Annual report of the Punjab Veterinary College and of the Civil Veterinary Department, Punjab - 1926-1932
Year: 1926
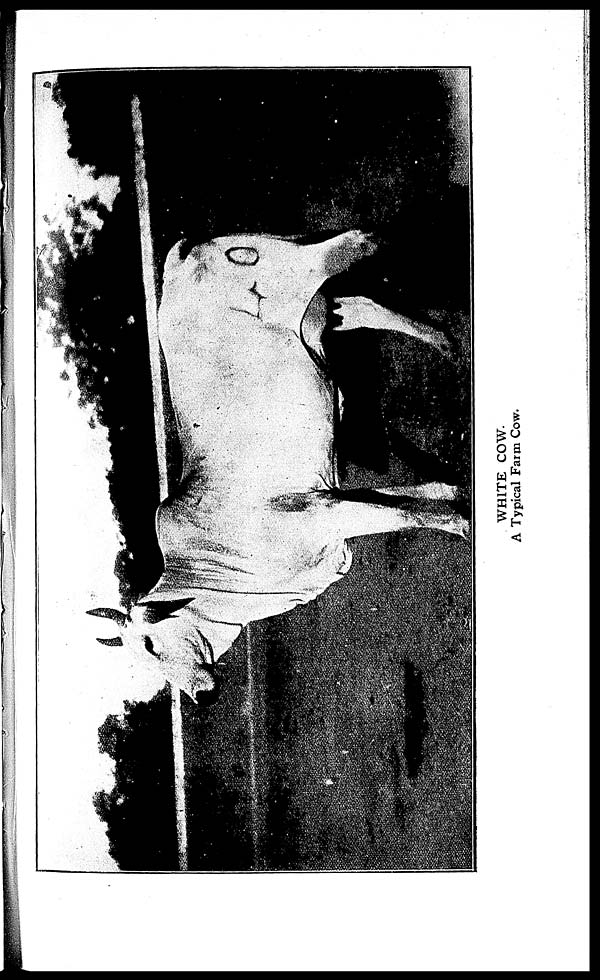
WHITE COW.
A Typical Farm Cow.